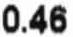
0.46